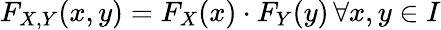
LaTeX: F_{X,Y}(x,y)=F_{X}(x)\cdot F_{Y}(y)\, \forall x,y\in I